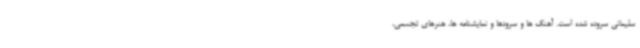
سلیمانی سروده شده است. آهنگ ها و سرودها و نمایشنامه ها، هنرهای تجسمی،